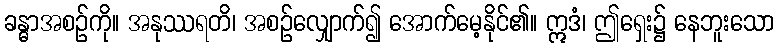
ခန္ဓာအစဉ်ကို။ အနုဿရတိ၊ အစဉ်လျှောက်၍ အောက်မေ့နိုင်၏။ ဣဒံ၊ ဤရှေး၌ နေဘူးသော